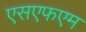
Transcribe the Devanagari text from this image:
एसएफएम